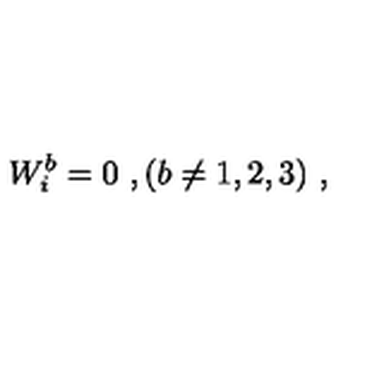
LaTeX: W _ { i } ^ { b } = 0 \ , ( b \ne 1 , 2 , 3 ) \ ,